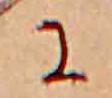
に